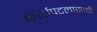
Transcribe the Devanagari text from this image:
स्पर्शपटलासाठी